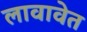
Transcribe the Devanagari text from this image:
लावावेत